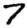
Digit: 7